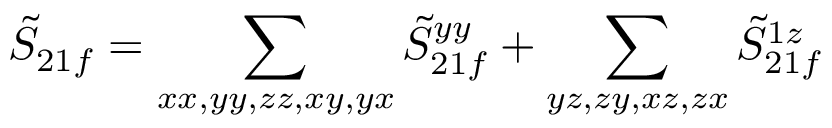
\tilde { S } _ { 2 1 f } = \sum _ { x x , y y , z z , x y , y x } \tilde { S } _ { 2 1 f } ^ { y y } + \sum _ { y z , z y , x z , z x } \tilde { S } _ { 2 1 f } ^ { 1 z }